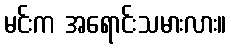
မင်းက အရောင်းသမားလား။